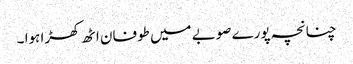
چنانچہ پورے صوبے میں طوفان اٹھ کھڑا ہوا ۔